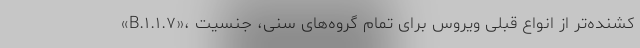
«B.۱.۱.۷»، کشنده‌تر از انواع قبلی ویروس برای تمام گروه‌های سنی، جنسیت